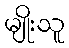
မျိုးသူ